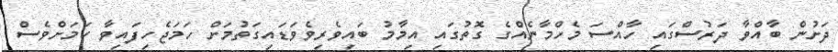
ދަށުން ބާއްވާ ދަރުސްގައި ހާއްސަ މެހްމާނެއްގެ ގޮތުގައި އިމާމު ބައިވެރިވެވަޑައިގަތުމަށް ހަމަޖެހިފައިވާ ކަމަށްވެސް